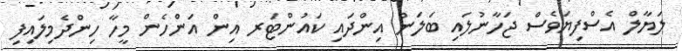
ލަޔާލް އެސްފިޔަވެސް ޖަހާނުލައި ބަލަން އިންދައި ކައުންޓަރ އިން އަންހެން މީހާ ހިންދެމިލައިފި